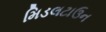
મિડલટાઉન